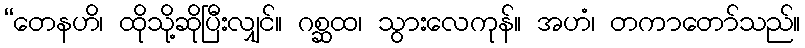
“တေနဟိ၊ ထိုသို့ဆိုပြီးလျှင်။ ဂစ္ဆထ၊ သွားလေကုန်။ အဟံ၊ တကာတော်သည်။